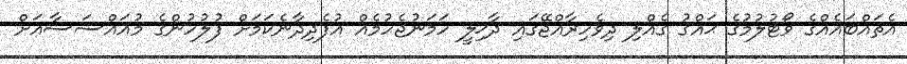
އެތައްބައެއްގެ ވޯޓުލުމުގެ ޙައްޤު ގެއްލި ދިވެހިރާއްޖޭގައި ދާޚިލީ ހަމަނުޖެހުމެއް އުފެދިދާނެކަމަށް ފުލުހުންގެ މުއައްސަސާއަށް